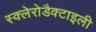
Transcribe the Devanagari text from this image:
स्क्लेरोडैक्टाइली